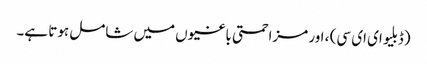
(ڈبلیو ای ای سی) ، اور مزاحمتی باغیوں میں شامل ہوتا ہے۔